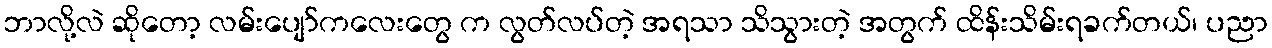
ဘာလို့လဲ ဆိုတော့ လမ်းပျော်ကလေးတွေ က လွတ်လပ်တဲ့ အရသာ သိသွားတဲ့ အတွက် ထိန်းသိမ်းရခက်တယ်၊ ပညာ